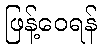
ဖြန့်ဝေရန်